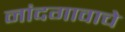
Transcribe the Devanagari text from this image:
नांदगावाचे